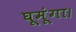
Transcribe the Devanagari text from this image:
घूमूंगा।